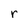
Character: r